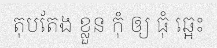
តុបតែង ខ្លួន កុំ ឲ្យ ធុំ ឆ្អេះ